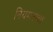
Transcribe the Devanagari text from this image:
नियमनाचा